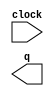
module lpm_counter02523 (
	clock,
	q);

	input	  clock;
	output	[0:0]  q;

endmodule